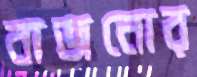
বাজনোর